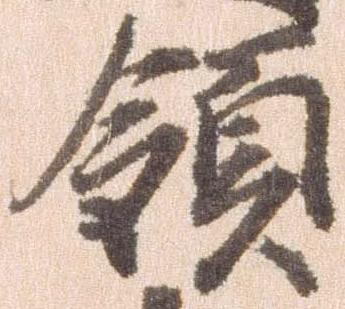
領